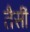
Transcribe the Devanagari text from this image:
तैसीं